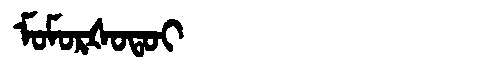
Manchu: ᠮᠣᠮᠣᡵᡧᠣᡨᠣᡳ
Romanization: MOMORŠOTOI